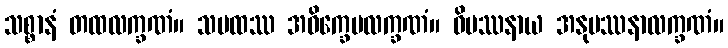
သစ္စာနံ တထလက္ခဏံ။ သမထဿ အဝိက္ခေပလက္ခဏံ။ ဝိပဿနာယ အနုပဿနာလက္ခဏံ။